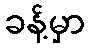
ခန့်မှာ